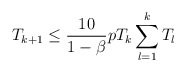
\begin{align*}T_{k+1}\leq \frac{10}{1-\beta} p T_k \sum_{l=1}^k T_l \end{align*}